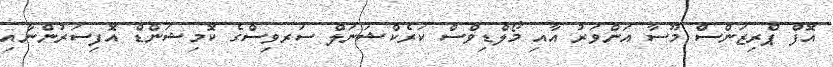
އޮފް ޕްރިޒަންސް މޫސާ އަންވަރު އާއި މޯލްޑިވްސް ކަރެކްޝަނަލް ސަރވިސްގެ ކޮމިޝަންޑް އޮފިސަރުންނާއި